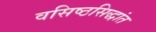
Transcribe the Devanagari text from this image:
वसिष्ठसिद्धांत